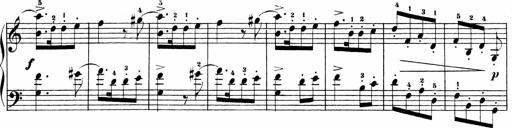
Title: Sonatinas
Composer: Andrew Violette